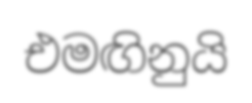
එමඟිනුයි